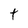
Character: t